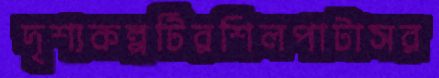
দৃশ্যকল্পটিরশিলপাটাসর